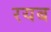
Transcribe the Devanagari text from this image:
रयब